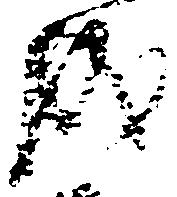
成